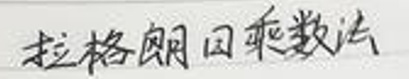
拉格朗日乘数法